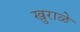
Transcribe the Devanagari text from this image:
खुराळे